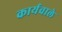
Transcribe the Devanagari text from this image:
कार्यवाले